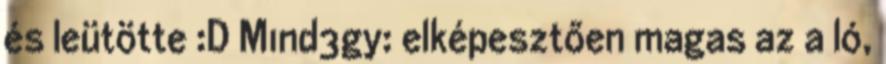
és leütötte :D M1nd3gy: elképesztően magas az a ló,